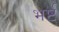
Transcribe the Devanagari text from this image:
भर्ष्ट